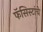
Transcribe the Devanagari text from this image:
फॅसिस्टांचे